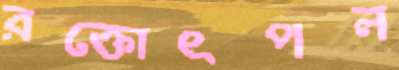
রক্তোৎপল